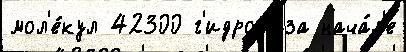
мол'е́кул 42300 г'идрол'иза нача́л'е